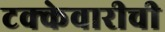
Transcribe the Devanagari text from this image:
टक्केवारीची